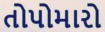
તોપોમારો